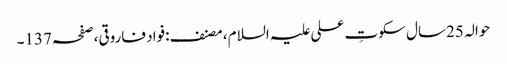
حوالہ 25سال سکوتِ علی علیہ السلام، مصنف:فواد فاروقی،صفحہ137۔